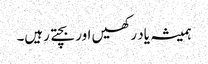
ہمیشہ یاد رکھیں اور بچتے رہیں۔